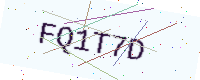
Text: FQ1T7D